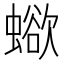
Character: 𧐄